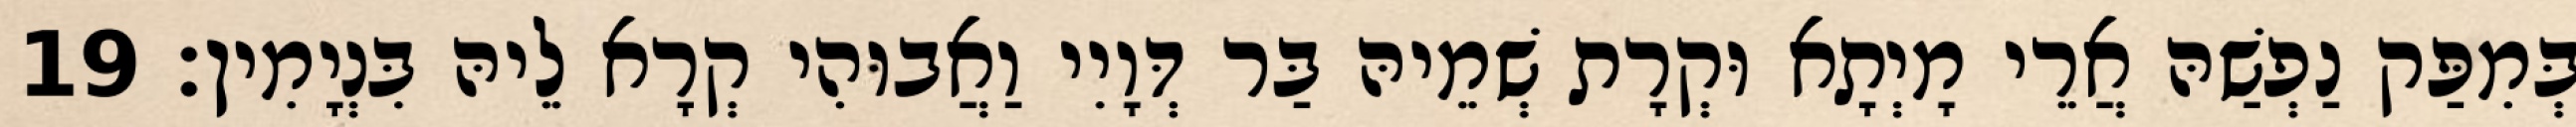
בְּמִפַּק נַפְשַׁהּ אֲרֵי מָיְתָא וּקְרָת שְׁמֵיהּ בַּר דְּוָיִי וַאֲבוּהִי קְרָא לֵיהּ בִּנְיָמִין׃ 19